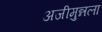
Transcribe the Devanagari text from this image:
अजीमुन्नला